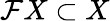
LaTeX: \mathcal{F}X\subset X